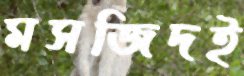
মসজিদই